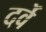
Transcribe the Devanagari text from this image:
दर्वे